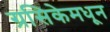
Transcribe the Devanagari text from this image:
ग्रसिकेमधून